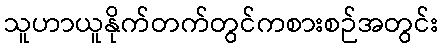
သူဟာယူနိုက်တက်တွင်ကစားစဉ်အတွင်း